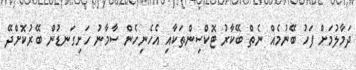
ދަމާލުމަށް ފަހު ބޭނުމެއް ނެތް ބޭކާރު ޓޮކްސިންތަކާއި އެހެނިހެން ސާމާނު ހަށިގަނޑުން ބޭރުކޮށްދޭ